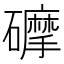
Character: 𥗂